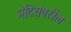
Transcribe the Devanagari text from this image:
मंदिरांवरील